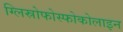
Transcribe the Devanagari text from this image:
ग्लिस्रोफोस्फोकोलाइन